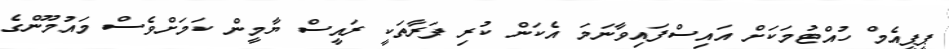
ޕީޕީއެމް ހުއްޓުމަކަށް އައިސްފައިވާނަމަ އެކަން ކުރި ފަރާތަކީ ރައީސް ޔާމީން ކަމަށްވެސް މައުމޫންގެ